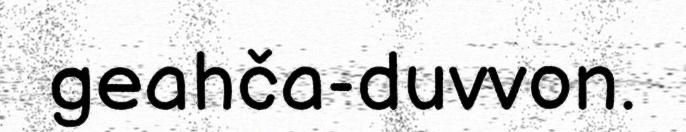
geahča-duvvon.